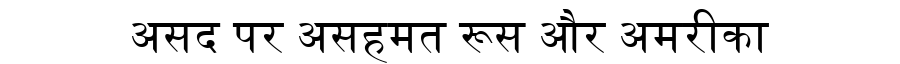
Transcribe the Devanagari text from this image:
असद पर असहमत रूस और अमरीका